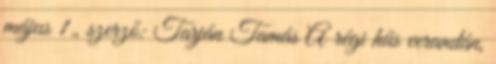
május 1., szerző: Tarján Tamás A régi hűs verandán,